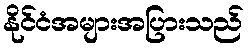
နိုင်ငံအများအပြားသည်